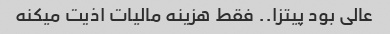
عالی بود پیتزا.. فقط هزینه مالیات اذیت میکنه